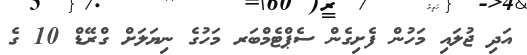
އަދި ޖުލައި މަހުން ފެށިގެން ސެޕްޓެމްބަރ މަހުގެ ނިޔަލަށް ގްރޭޑް 10 ގެ